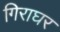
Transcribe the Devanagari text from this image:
गिराघर